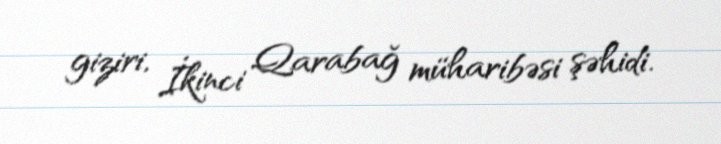
giziri, İkinci Qarabağ müharibəsi şəhidi.